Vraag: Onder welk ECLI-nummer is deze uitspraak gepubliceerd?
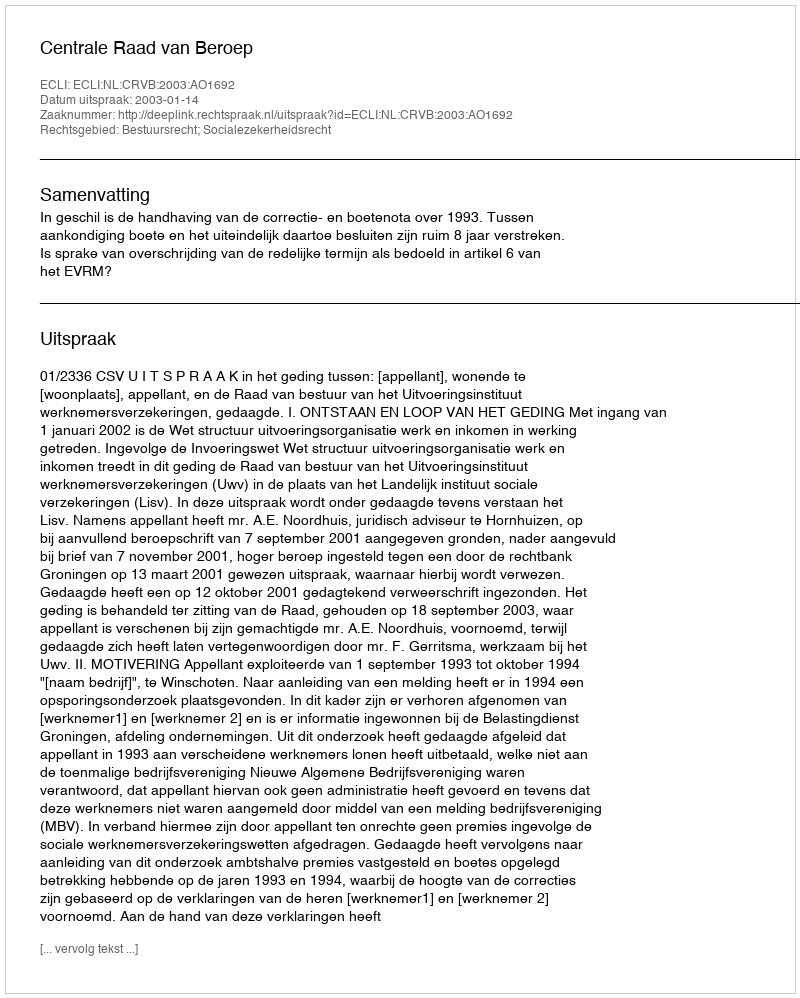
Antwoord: ECLI:NL:CRVB:2003:AO1692